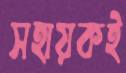
সহায়কই